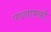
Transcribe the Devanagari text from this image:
पडद्यावरही